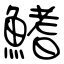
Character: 鰭